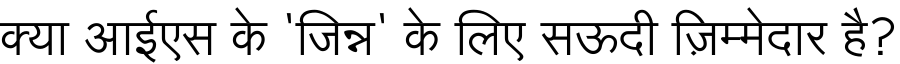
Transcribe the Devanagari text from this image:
क्या आईएस के 'जिन्न' के लिए सऊदी ज़िम्मेदार है?